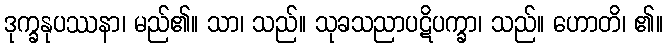
ဒုက္ခနုပဿနာ၊ မည်၏။ သာ၊ သည်။ သုခသညာပဋိပက္ခာ၊ သည်။ ဟောတိ၊ ၏။